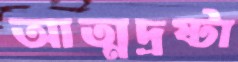
আত্মদ্রষ্টা